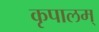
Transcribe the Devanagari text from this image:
कृपालम्